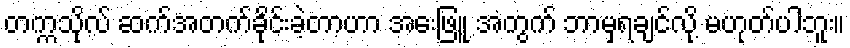
တက္ကသိုလ် ဆက်အတက်ခိုင်းခဲ့တာဟာ အေးဖြူ အတွက် ဘာမှရချင်လို့ မဟုတ်ပါဘူး။